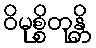
ဝိမုစ္စိတုန္တိ